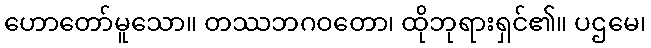
ဟောတော်မူသော။ တဿဘဂဝတော၊ ထိုဘုရားရှင်၏။ ပဌမေ၊